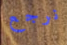
نرجع